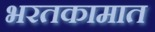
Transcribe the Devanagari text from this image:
भरतकामात